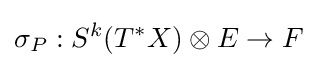
\sigma _{P}:S^{k}(T^{*}X)\otimes E\to F